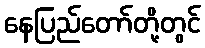
နေပြည်တော်တို့တွင်